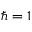
\hbar = 1